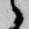
候